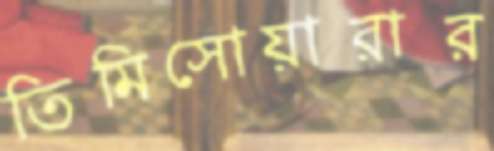
তিমিসোয়ারার